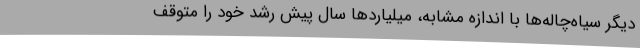
دیگر سیاه‌چاله‌ها با اندازه مشابه، میلیاردها سال پیش رشد خود را متوقف